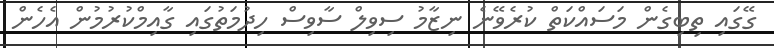
ގޭގައި ތިބިގެން މަސައްކަތް ކުރެވޭނެ ނިޒާމު ސިވިލް ސާވިސް ހިދުމަތުގައި ގާއިމްކުރުމުން އެހެން